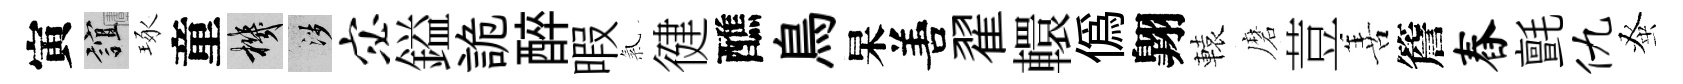
寅誼琢童機涉宓鎰詭醉暇氣徤醮鳥杲𠵊翟轘偽翺轅磨荳善簷舂氈仇𫊫